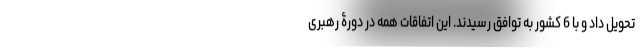
تحویل داد و با 6 کشور به توافق رسیدند. این اتفاقات همه در دورۀ رهبری